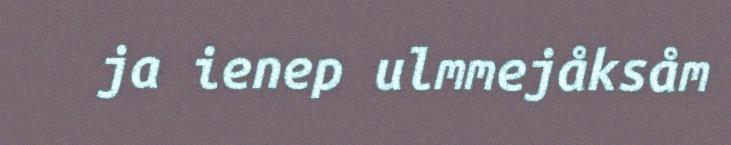
ja ienep ulmmejåksåm